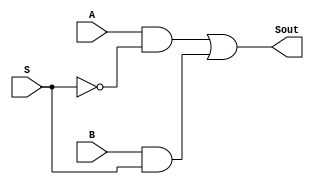
module Mux(A, B, S, Sout);
	input A, B, S;
	output Sout;
	wire notS, and0, and1;
	not first_not(notS, S);
	and first_and(and0, A, notS);
	and second_and(and1, B, S);
	or first_or(Sout, and0, and1);
endmodule